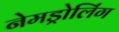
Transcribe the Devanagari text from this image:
नेमड्रोलिंग